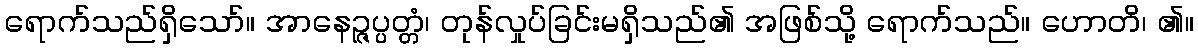
ရောက်သည်ရှိသော်။ အာနေဉ္ဇပ္ပတ္တံ၊ တုန်လှုပ်ခြင်းမရှိသည်၏ အဖြစ်သို့ ရောက်သည်။ ဟောတိ၊ ၏။